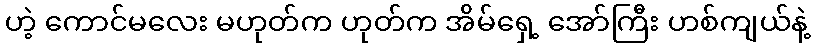
ဟဲ့ ကောင်မလေး မဟုတ်က ဟုတ်က အိမ်ရှေ့ အော်ကြီး ဟစ်ကျယ်နဲ့